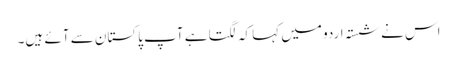
اس نے شستہ اردو میں کہا کہ لگتا ہے آپ پاکستان سے آئے ہیں۔